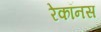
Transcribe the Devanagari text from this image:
रेकॉनस